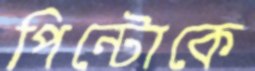
পিন্টোকে